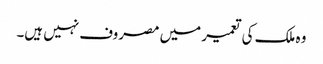
وہ ملک کی تعمیر میں مصروف نہیں ہیں۔